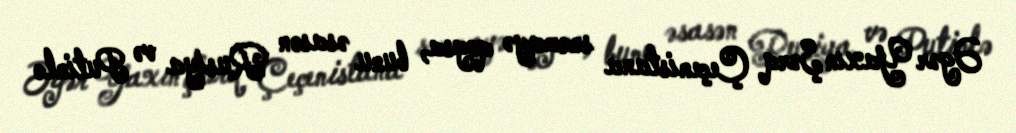
Əgər Yaxın Şərq Çeçenistana sərmayə qoysa, bunu əsasən Rusiya və Putinlə